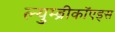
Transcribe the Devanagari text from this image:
ल्युम्ब्रीकॉएड्स